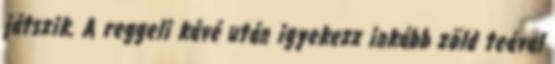
játszik. A reggeli kávé után igyekezz inkább zöld teával